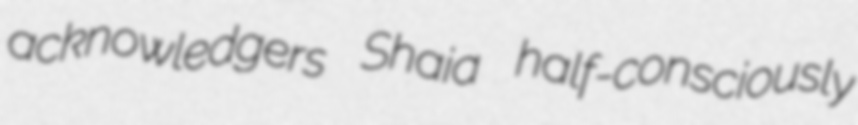
acknowledgers Shaia half-consciously